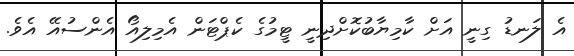
އެ ލަނޑު ގިނީ އަށް ކާމިޔާބުކޮށްދިނީ ޓީމުގެ ކެޕްޓަން އެމިލިއޯ އެންސުއޭ އެވެ.